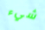
شيء